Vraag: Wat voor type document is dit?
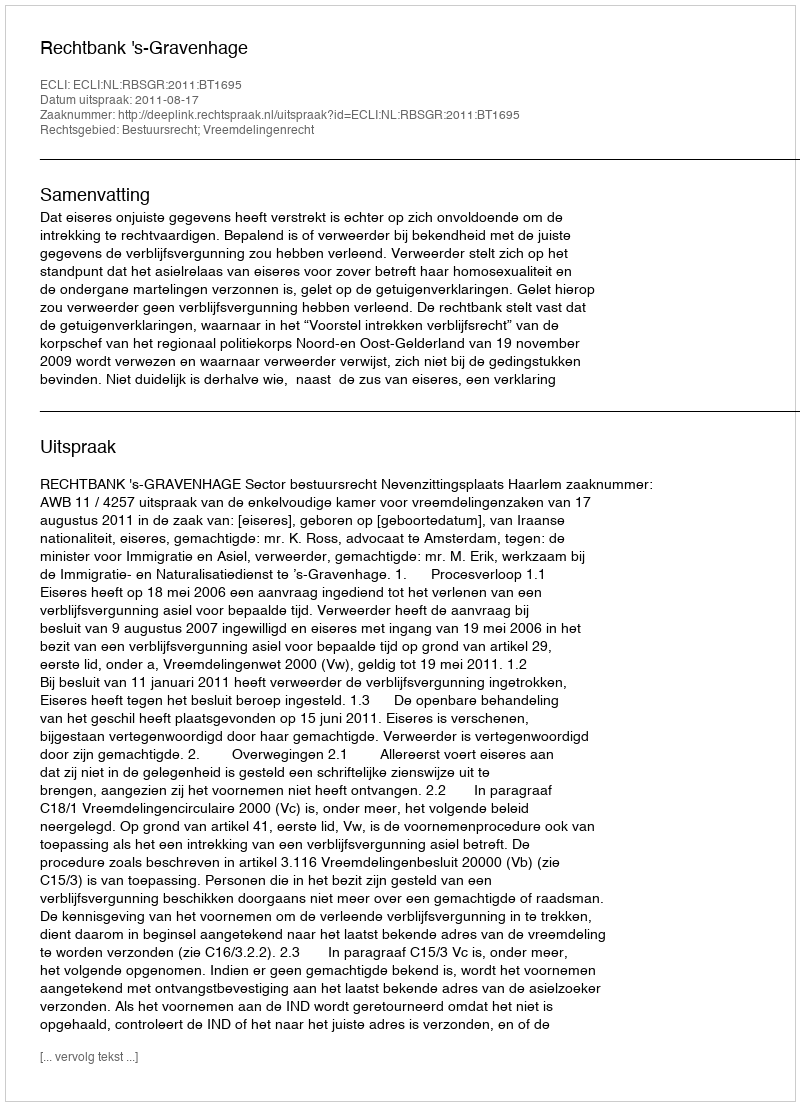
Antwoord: Uitspraak